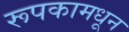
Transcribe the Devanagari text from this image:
रूपकामधून